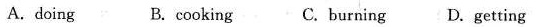
A.doing B. cooking C.burning D.getting